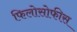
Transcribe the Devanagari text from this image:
फिलोसोफीस